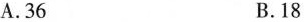
A.36 B.18